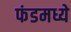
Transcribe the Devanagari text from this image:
फंडमध्ये